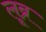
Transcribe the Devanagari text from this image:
लूब्र